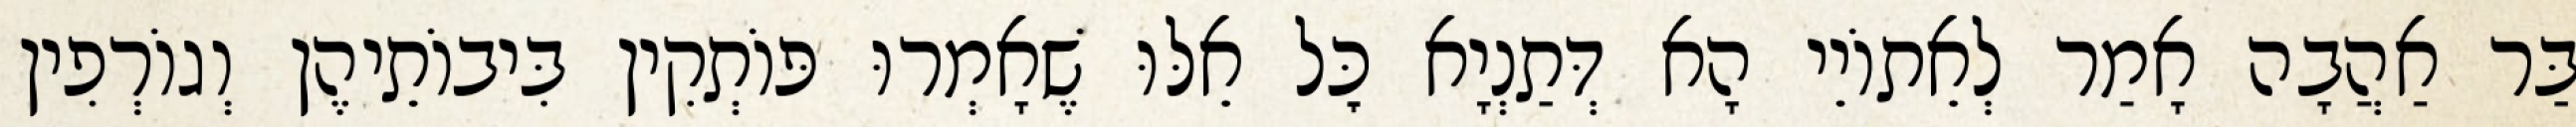
בַּר אַהֲבָה אָמַר לְאֵתוֹיֵי הָא דְּתַנְיָא כׇּל אֵלּוּ שֶׁאָמְרוּ פּוֹתְקִין בִּיבוֹתֵיהֶן וְגוֹרְפִין